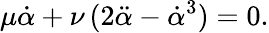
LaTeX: \mu{\dot{\alpha}}+\nu\, (2{\ddot{\alpha}}-{\dot{\alpha}}^{3})=0.